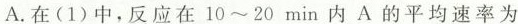
A.在(1)中，反应在10~20min内A的平均速率为